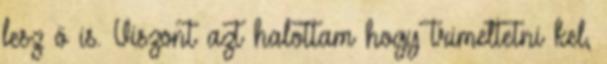
lesz ö is. Viszont azt halottam hogy trimeltetni kel,